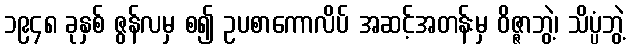
၁၉၄၈ ခုနှစ် ဇွန်လမှ စ၍ ဥပစာကောလိပ် အဆင့်အတန်းမှ ဝိဇ္ဇာဘွဲ့၊ သိပ္ပံဘွဲ့